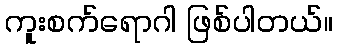
ကူးစက်ရောဂါ ဖြစ်ပါတယ်။